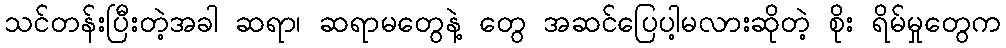
သင်တန်းပြီးတဲ့အခါ ဆရာ၊ ဆရာမတွေနဲ့ တွေ အဆင်ပြေပါ့မလားဆိုတဲ့ စိုး ရိမ်မှုတွေက